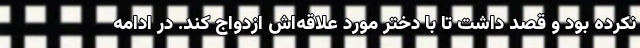
نکرده بود و قصد داشت تا با دختر مورد علاقه‌اش ازدواج کند. در ادامه